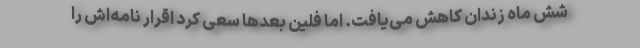
شش ماه زندان کاهش می‌یافت. اما فلین بعدها سعی کرد اقرار نامه‌اش را